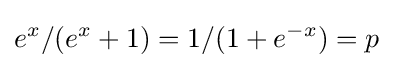
e^{x}/(e^{x}+1)=1/(1+e^{-x})=p